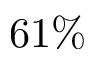
6 1 \%